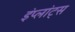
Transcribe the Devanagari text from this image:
इंप्लांट्स